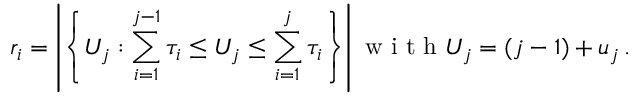
r _ { i } = \left| \left\{ U _ { j } : \sum _ { i = 1 } ^ { j - 1 } \tau _ { i } \leq U _ { j } \leq \sum _ { i = 1 } ^ { j } \tau _ { i } \right\} \right| \mathrm { ~ w ~ i ~ t ~ h ~ } U _ { j } = ( j - 1 ) + u _ { j } \, .